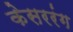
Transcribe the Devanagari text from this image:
केसररंग